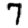
Digit: 7